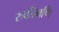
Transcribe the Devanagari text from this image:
रुकीमणि